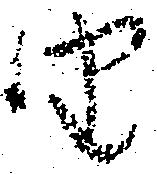
由